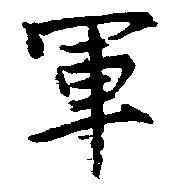
軍